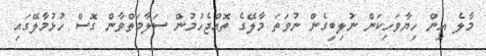
މާލެ އިން ހިޔާވަހިކަން ނުލިބިގެން ނުވަތަ މާލޭގެ ތޮއްޖެހުމުން ސަލާމަތްވާން ގޮސް ހުޅުމާލޭގައި